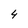
Character: 4